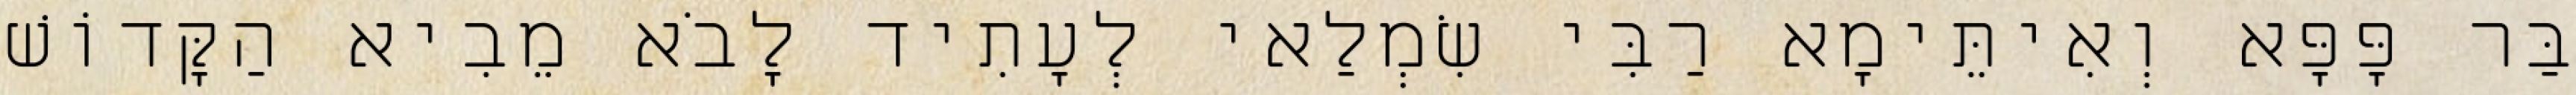
בַּר פָּפָּא וְאִיתֵּימָא רַבִּי שִׂמְלַאי לְעָתִיד לָבֹא מֵבִיא הַקָּדוֹשׁ